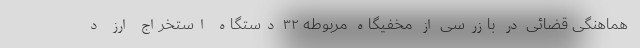
هماهنگی قضائی در بازرسی از مخفیگاه مربوطه ۳۲ دستگاه استخراج ارز د